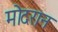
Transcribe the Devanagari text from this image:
मोदरान